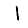
Digit: 1